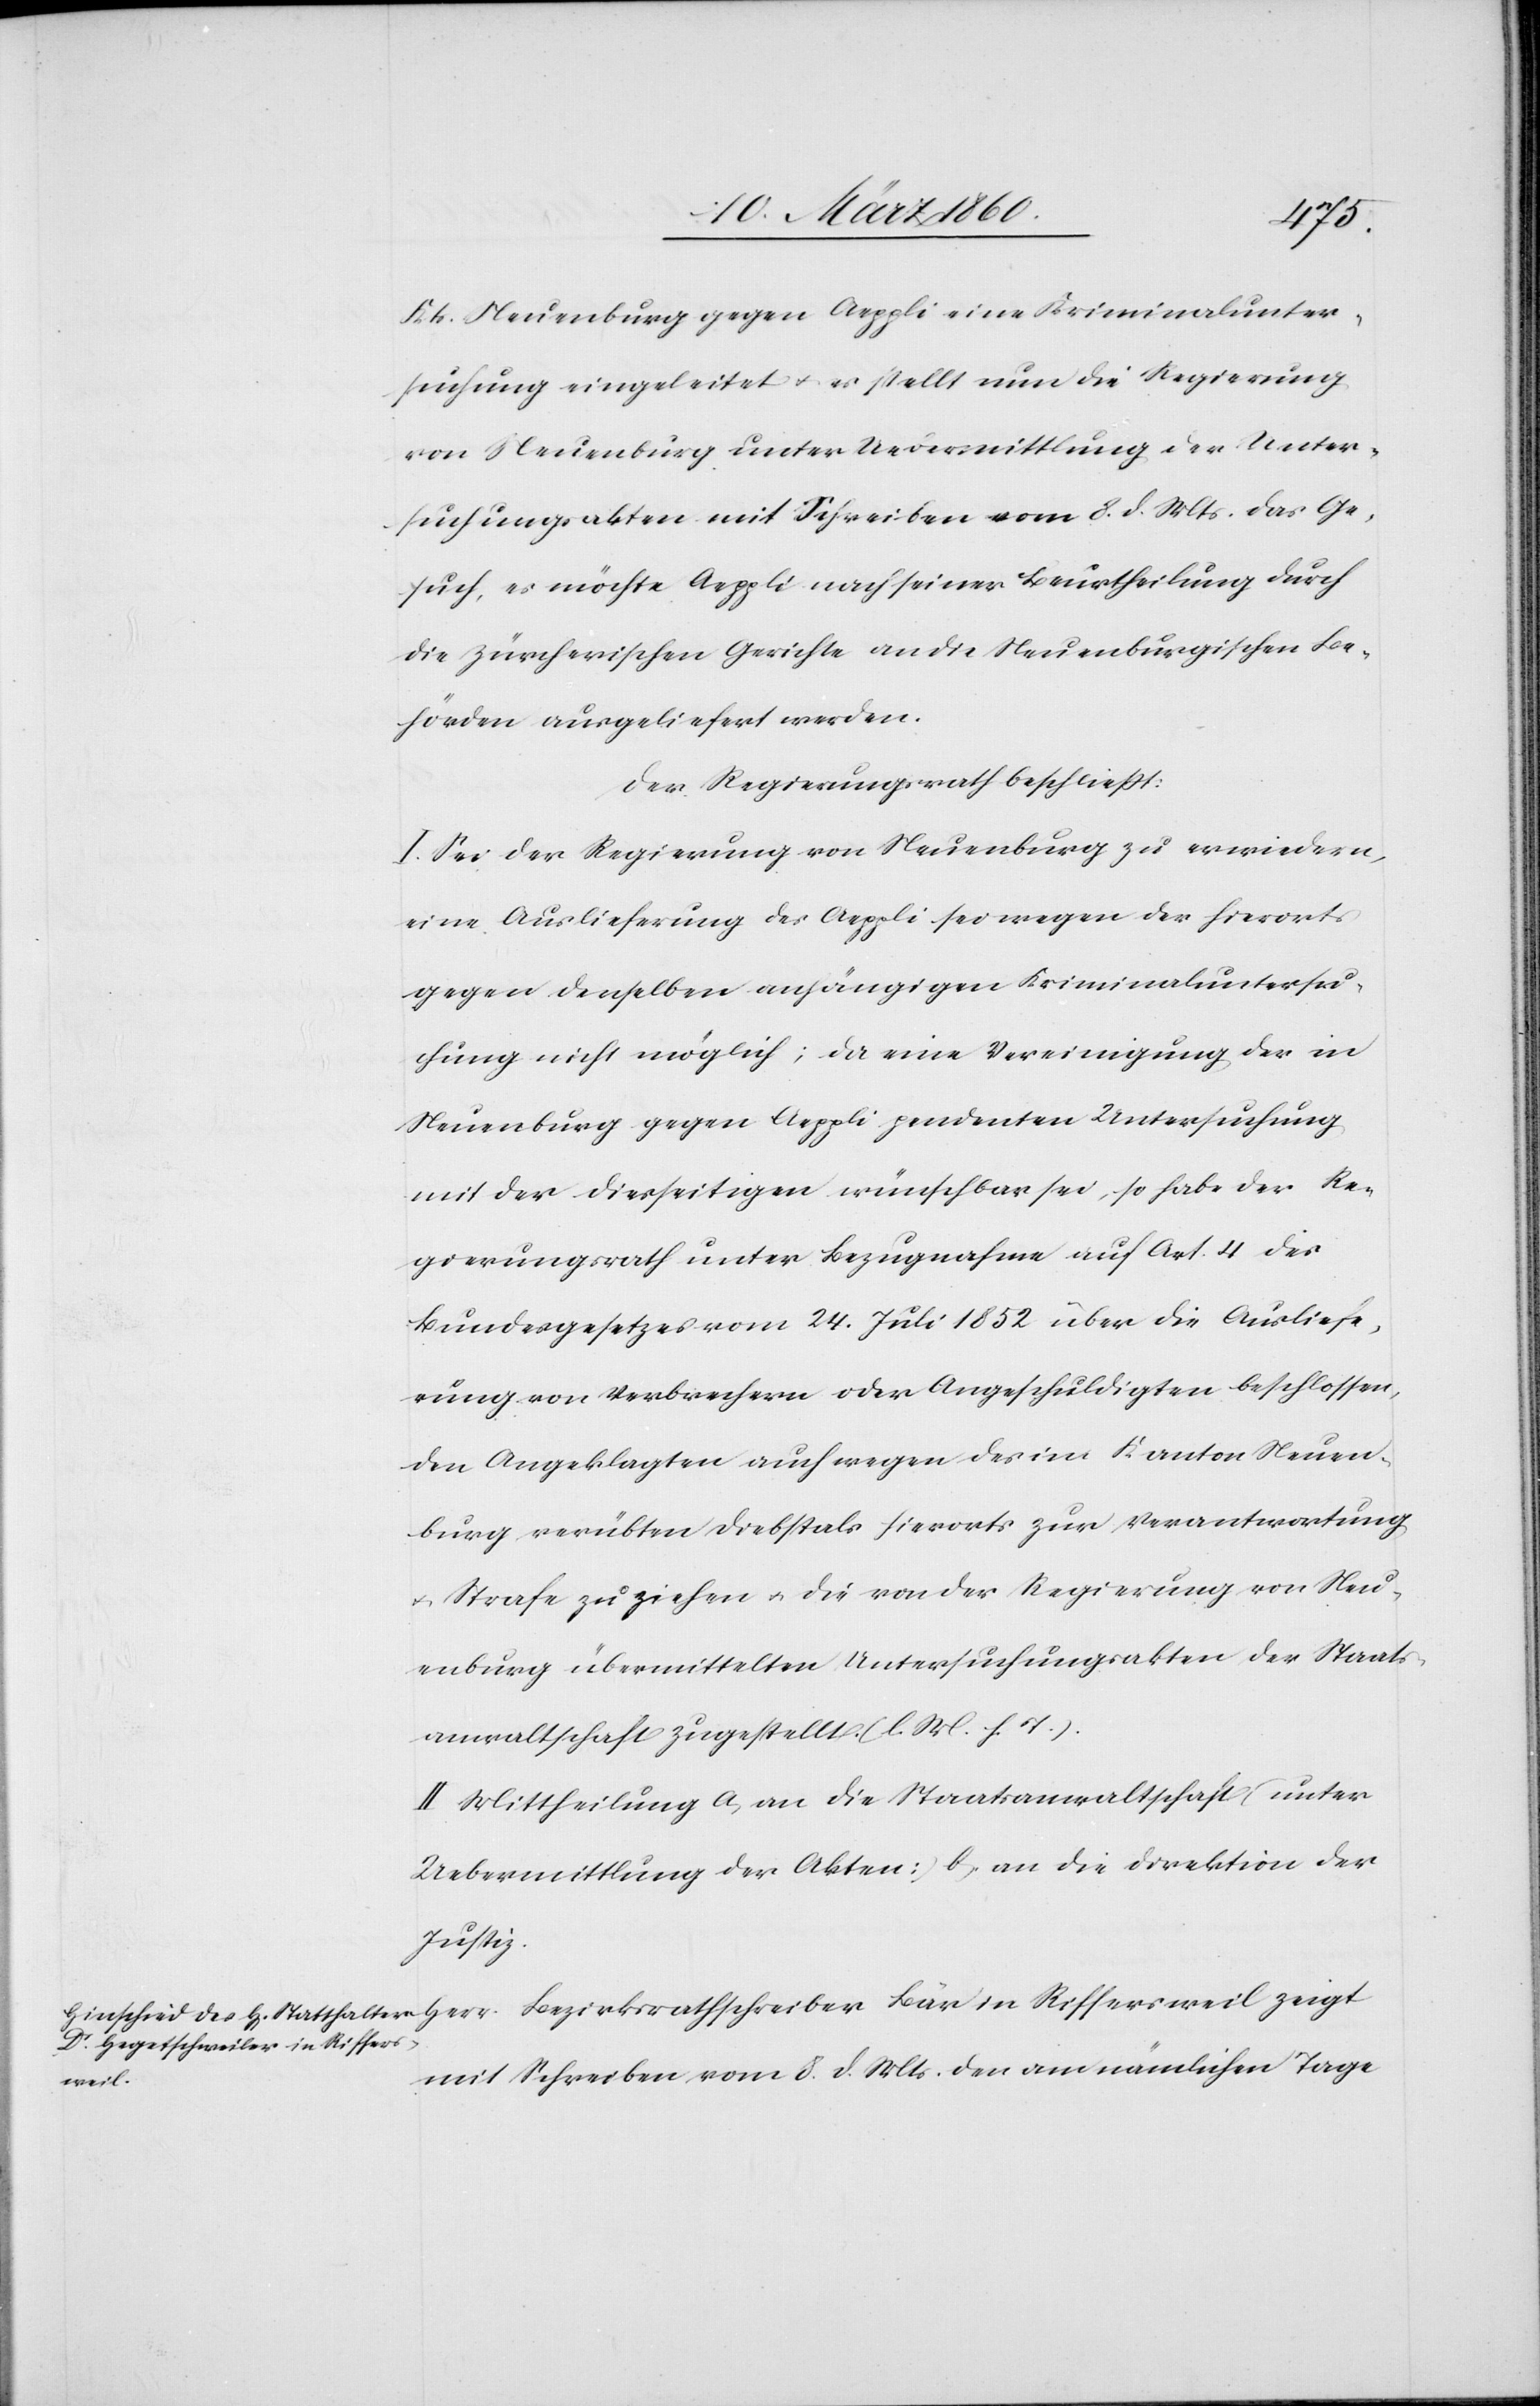
Kt. Neuenburg gegen Aeppli eine Kriminalunter¬
suchung eingeleitet u. es stellt nun die Regierung
von Neuenburg unter Uebermittlung der Unter¬
suchungsakten mit Schreiben vom 8. d. Mts. das Ge¬
such, es möchte Aeppli nach seiner Beurtheilung durch
die zürcherischen Gerichte an die Neuenburgischen Be¬
hörden ausgeliefert werden.
Der Regierungsrath beschliesst:
I. Sei der Regierung von Neuenburg zu erwiedern,
eine Auslieferung des Aeppli sei wegen der hierorts
gegen denselben anhängigen Kriminaluntersu¬
chung nicht möglich; da eine Vereinigung der in
Neuenburg gegen Aeppli pendenten Untersuchung
mit der diesseitigen wünschbar sei, so habe der Re¬
gierungsrath unter Bezugnahme auf Art. 4. des
Bundesgesetzes vom 24. Juli 1852 über die Ausliefe¬
rung von Verbrechern oder Angeschuldigten beschlossen,
den Angeklagten auch wegen des im Kanton Neuen¬
burg verübten Diebstals hierorts zur Verantwortung
u. Strafe zu ziehen u. die von der Regierung von Neu¬
enburg übermittelten Untersuchungsakten der Staats¬
anwaltschaft zugestellt. [l. M. v. h.
II. Mittheilung a. an die Staatsanwaltschaft [unter
Uebermittlung der Akten] b. an die Direktion der
Justiz.
Herr Bezirksrathschreiber Bär in Riffersweil zeigt
mit Schreiben vom 8. d. Mts. den am nämlichen Tage